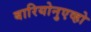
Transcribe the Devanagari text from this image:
बारियोनुएव्हो